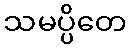
သမပ္ပိတေ